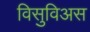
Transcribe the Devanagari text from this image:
विसुविअस